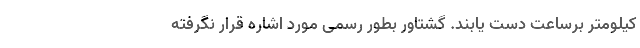
کیلومتر برساعت دست یابند. گشتاور بطور رسمی مورد اشاره قرار نگرفته